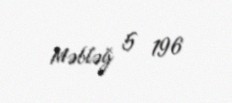
Məbləğ 5 196